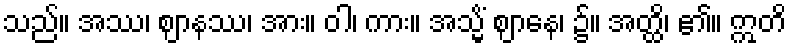
သည်။ အဿ၊ ဈာနဿ၊ အား။ ဝါ၊ ကား။ အသ္မိံ ဈာနေ၊ ၌။ အတ္ထိ၊ ၏။ ဣတိ